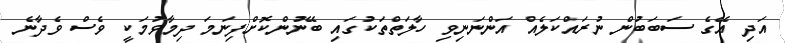
އަދި އޭގެ ސަބަބުން ނުރައްކަލެއް އަންނަނިވި ހާލަތްތަކުގައި ބޭނުންކޮށްފިނަމަ ދިމާވުމަކީ ވެސް ވެދާނެ